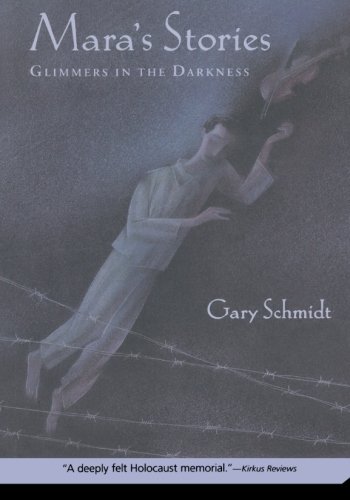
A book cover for Mara's Stories: Glimmers in the Darkness; Gary Schmidt; Children's Books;